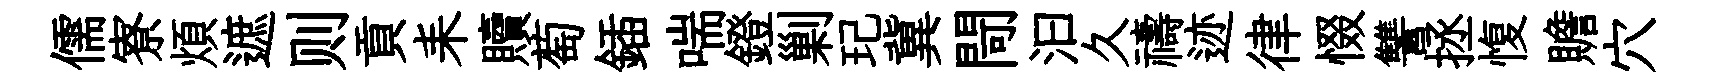
儒寮煩遮则貢耒贖萄鍤喘鐙剿玘冀閜汩久禱迹律惙讐拯愎贍穴